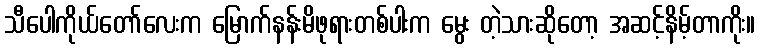
သီပေါကိုယ်တော်လေးက မြောက်နန်းမိဖုရားတစ်ပါးက မွေး တဲ့သားဆိုတော့ အဆင့်နိမ့်တာကိုး။